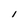
Character: I